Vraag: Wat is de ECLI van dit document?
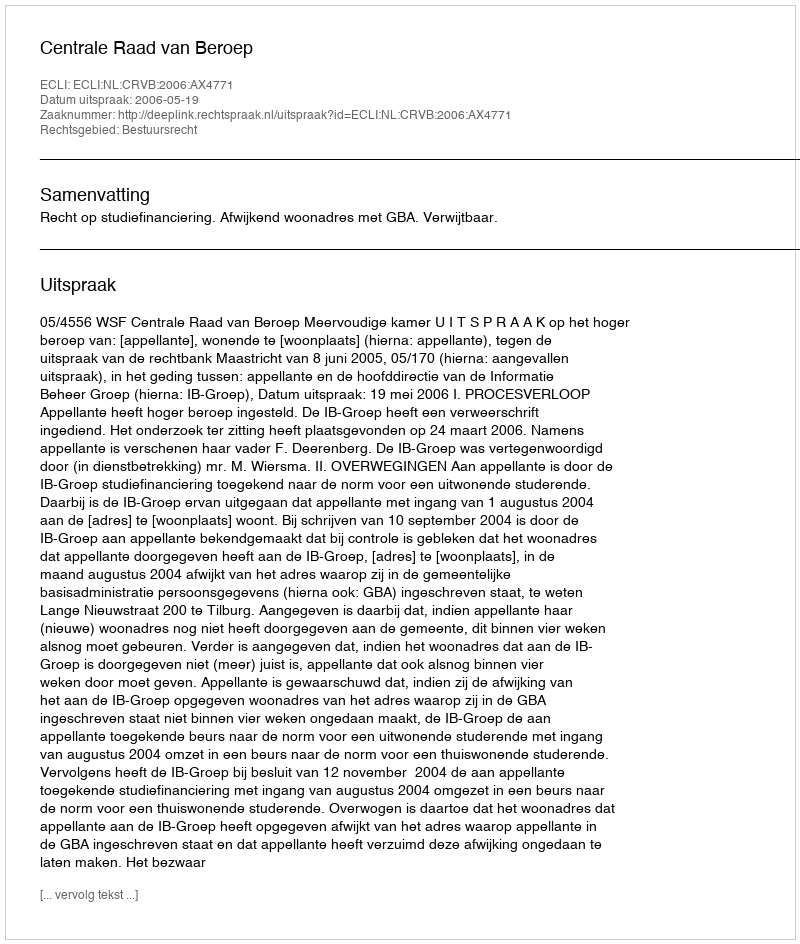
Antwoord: ECLI:NL:CRVB:2006:AX4771